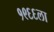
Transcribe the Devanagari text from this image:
१९६६ला